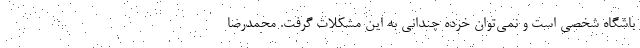
باشگاه شخصی است و نمی‌توان خرده چندانی به این مشکلات گرفت. محمدرضا